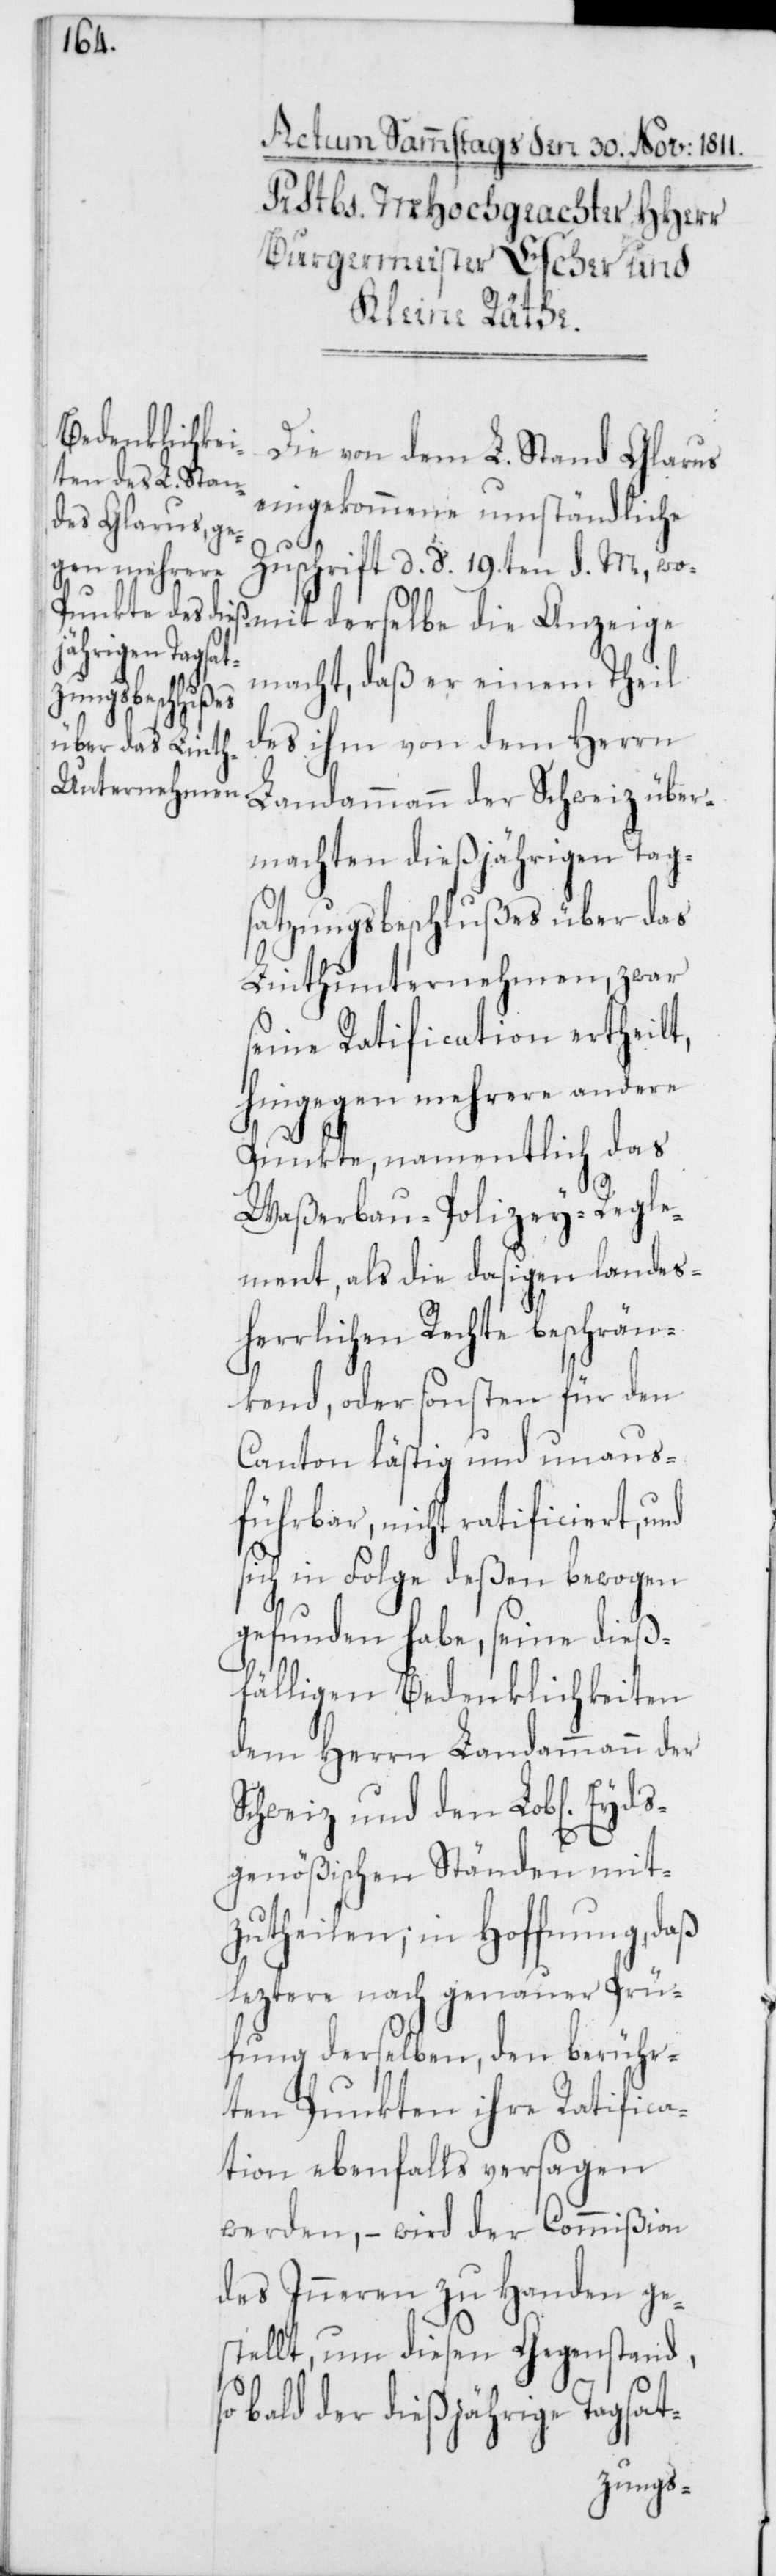
chen] Eyds¬

Die von dem L. Stand Glarus
eingekommene umständliche
Zuschrift d. d. 19.ten d. M., wo¬
mit derselbe die Anzeige
macht, daß er einem Theil
des ihm von dem Herrn
Landammann der Schweiz über¬
machten dießjährigen Tag¬
satzungsbeschlußes über das
Linthunternehmen, zwar
seine Ratification ertheilt,
hingegen mehrere andere
Punkte, namentlich das
Waßerbau-Polizey-Regle¬
ment, als die dasigen landes¬
herrlichen Rechte beschrän¬
kend, oder sonsten für den
Canton lästig und unaus¬
führbar, nicht ratificiert, und
sich in Folge deßen bewogen
gefunden habe, seine dieß¬
fälligen Bedenklichkeiten
dem Herrn Landammann der
Schweiz und den Lob[li¬
genößischen Ständen mit¬
zutheilen; in Hoffnung, daß
leztere nach genauer Prü¬
fung derselben, den berühr¬
ten Punkten ihre Ratifica¬
tion ebenfalls versagen
werden, – wird der Commißion
des Inneren zu Handen ge¬
stellt, um diesen Gegenstand,
so bald der dießjährige Tagsat-